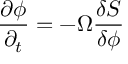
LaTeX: \frac { \partial \phi } { \partial _ { t } } = - \Omega \frac { \delta S } { \delta \phi }